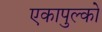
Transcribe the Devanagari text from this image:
एकापुल्को